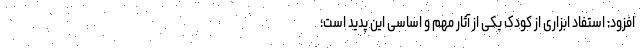
افزود: استفاد ابزاری از کودک یکی از آثار مهم و اساسی این پدید است؛